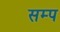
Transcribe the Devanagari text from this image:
सम्प